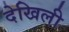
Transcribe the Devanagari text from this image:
देखिली